Report of the Bombay Plague Committee
Disease focus: Plague
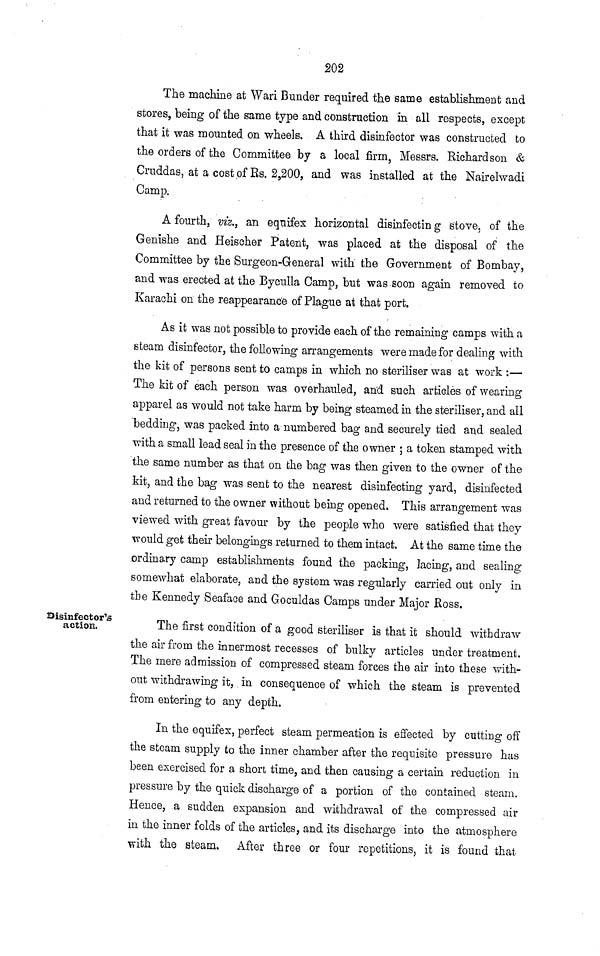
202
The machine at Wari Bunder required the same establishment and
stores, being of the same type and construction in all respects, except
that it was mounted on wheels. A third disinfector was constructed to
the orders of the Committee by a local firm, Messrs. Richardson &
Cruddas, at a cost of Rs. 2,200, and was installed at the Nairelwadi
Camp.
A fourth, viz., an equifex horizontal disinfectin g stove, of the
Genishe and Heischer Patent, was placed at the disposal of the
Committee by the Surgeon-General with the Government of Bombay,
and was erected at the Byculla Camp, but was soon again removed to
Karachi on the reappearance of Plague at that port.
As it was not possible to provide each of the remaining camps with a
steam disinfector, the following arrangements were made for dealing with
the kit of persons sent to camps in which no steriliser was at work :—
The kit of each person was overhauled, an'd such articles of wearing
apparel as would not take harm by being steamed in the steriliser, and all
bedding, was packed into a numbered bag and securely tied and sealed
with a small lead seal in the presence of the owner ; a token stamped with
the same number as that on the bag was then given to the owner of the
kit, and the bag was sent to the nearest disinfecting yard, disinfected
and returned to the owner without being opened. This arrangement was
viewed with great favour by the people who were satisfied that they
would get their belongings returned to them intact. At the same time the
.ordinary camp establishments found the packing, lacing, and sealing
somewhat elaborate, and the system was regularly carried out only in
the Kennedy Seaface and Goculdas Camps under Major Ross.
Disinfector's
action.
The first condition of a good steriliser is that it should withdraw
the air from the innermost recesses of bulky articles under treatment.
The mere admission of compressed steam forces the air into these with-
out withdrawing it, in consequence of which the steam is prevented
from entering to any depth.
In the equifex, perfect steam permeation is effected by cutting off
the steam supply to the inner chamber after the requisite pressure has
been exercised for a short time, and then causing a certain reduction in
pressure by the quick discharge of a portion of the contained steam.
Hence, a sudden expansion and withdrawal of the compressed air
in the inner folds of the articles, and its discharge into the atmosphere
with the steam. After three or four repetitions, it is found that